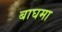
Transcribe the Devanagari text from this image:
बाघमा